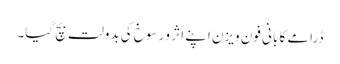
ڈرامے کا بانی فون ویزن اپنے اثر و رسوخ کی بدولت بچ گیا۔